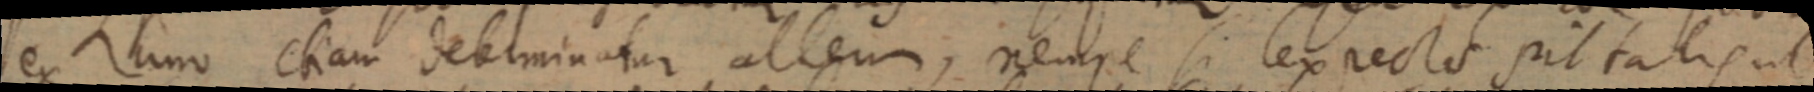
ex uno etiam debiminatur alleum, nempe si lex recto sit talis ut